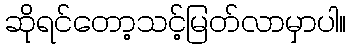
ဆိုရင်တော့သင့်မြတ်လာမှာပါ။